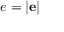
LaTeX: e = \left| \mathbf { e } \right|